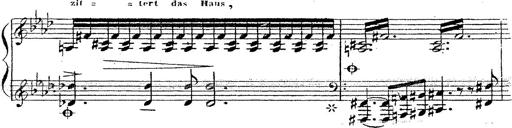
Title: 12 Lieder von Franz Schubert
Composer: Franz Liszt